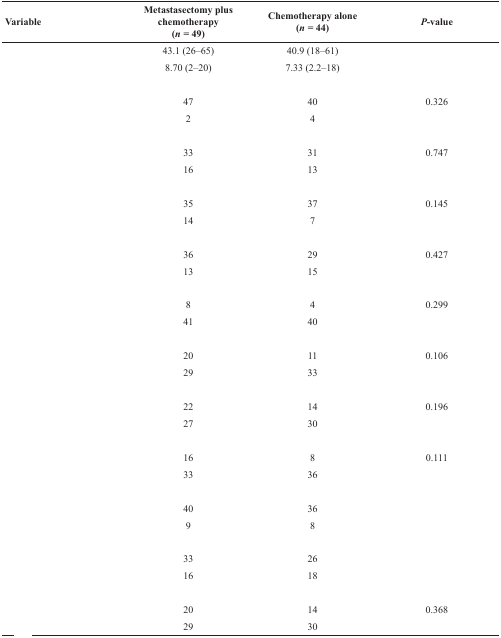
<table><thead><tr><td><b>Variable</b></td><td><b>Metastasectomy plus chemotherapy(<i>n =</i> 49)</b></td><td><b>Chemotherapy alone(<i>n =</i> 44)</b></td><td><b><i>P</i>-value</b></td></tr></thead><tbody><tr><td>[EMPTY_CELL]</td><td>43.1 (26–65)</td><td>40.9 (18–61)</td><td>[EMPTY_CELL]</td></tr><tr><td>[EMPTY_CELL]</td><td>8.70 (2–20)</td><td>7.33 (2.2–18)</td><td>[EMPTY_CELL]</td></tr><tr><td>[EMPTY_CELL]</td><td>[EMPTY_CELL]</td><td>[EMPTY_CELL]</td><td>[EMPTY_CELL]</td></tr><tr><td>[EMPTY_CELL]</td><td>47</td><td>40</td><td>0.326</td></tr><tr><td>[EMPTY_CELL]</td><td>2</td><td>4</td><td>[EMPTY_CELL]</td></tr><tr><td>[EMPTY_CELL]</td><td>[EMPTY_CELL]</td><td>[EMPTY_CELL]</td><td>[EMPTY_CELL]</td></tr><tr><td>[EMPTY_CELL]</td><td>33</td><td>31</td><td>0.747</td></tr><tr><td>[EMPTY_CELL]</td><td>16</td><td>13</td><td>[EMPTY_CELL]</td></tr><tr><td>[EMPTY_CELL]</td><td>[EMPTY_CELL]</td><td>[EMPTY_CELL]</td><td>[EMPTY_CELL]</td></tr><tr><td>[EMPTY_CELL]</td><td>35</td><td>37</td><td>0.145</td></tr><tr><td>[EMPTY_CELL]</td><td>14</td><td>7</td><td>[EMPTY_CELL]</td></tr><tr><td>[EMPTY_CELL]</td><td>[EMPTY_CELL]</td><td>[EMPTY_CELL]</td><td>[EMPTY_CELL]</td></tr><tr><td>[EMPTY_CELL]</td><td>36</td><td>29</td><td>0.427</td></tr><tr><td>[EMPTY_CELL]</td><td>13</td><td>15</td><td>[EMPTY_CELL]</td></tr><tr><td>[EMPTY_CELL]</td><td>[EMPTY_CELL]</td><td>[EMPTY_CELL]</td><td>[EMPTY_CELL]</td></tr><tr><td>[EMPTY_CELL]</td><td>8</td><td>4</td><td>0.299</td></tr><tr><td>[EMPTY_CELL]</td><td>41</td><td>40</td><td>[EMPTY_CELL]</td></tr><tr><td>[EMPTY_CELL]</td><td>[EMPTY_CELL]</td><td>[EMPTY_CELL]</td><td>[EMPTY_CELL]</td></tr><tr><td>[EMPTY_CELL]</td><td>20</td><td>11</td><td>0.106</td></tr><tr><td>[EMPTY_CELL]</td><td>29</td><td>33</td><td>[EMPTY_CELL]</td></tr><tr><td>[EMPTY_CELL]</td><td>[EMPTY_CELL]</td><td>[EMPTY_CELL]</td><td>[EMPTY_CELL]</td></tr><tr><td>[EMPTY_CELL]</td><td>22</td><td>14</td><td>0.196</td></tr><tr><td>[EMPTY_CELL]</td><td>27</td><td>30</td><td>[EMPTY_CELL]</td></tr><tr><td>[EMPTY_CELL]</td><td>[EMPTY_CELL]</td><td>[EMPTY_CELL]</td><td>[EMPTY_CELL]</td></tr><tr><td>[EMPTY_CELL]</td><td>16</td><td>8</td><td>0.111</td></tr><tr><td>[EMPTY_CELL]</td><td>33</td><td>36</td><td>[EMPTY_CELL]</td></tr><tr><td>[EMPTY_CELL]</td><td>[EMPTY_CELL]</td><td>[EMPTY_CELL]</td><td>[EMPTY_CELL]</td></tr><tr><td>[EMPTY_CELL]</td><td>40</td><td>36</td><td>[EMPTY_CELL]</td></tr><tr><td>[EMPTY_CELL]</td><td>9</td><td>8</td><td>[EMPTY_CELL]</td></tr><tr><td>[EMPTY_CELL]</td><td>[EMPTY_CELL]</td><td>[EMPTY_CELL]</td><td>[EMPTY_CELL]</td></tr><tr><td>[EMPTY_CELL]</td><td>33</td><td>26</td><td>[EMPTY_CELL]</td></tr><tr><td>[EMPTY_CELL]</td><td>16</td><td>18</td><td>[EMPTY_CELL]</td></tr><tr><td>[EMPTY_CELL]</td><td>[EMPTY_CELL]</td><td>[EMPTY_CELL]</td><td>[EMPTY_CELL]</td></tr><tr><td>[EMPTY_CELL]</td><td>20</td><td>14</td><td>0.368</td></tr><tr><td>[EMPTY_CELL]</td><td>29</td><td>30</td><td>[EMPTY_CELL]</td></tr></tbody></table>